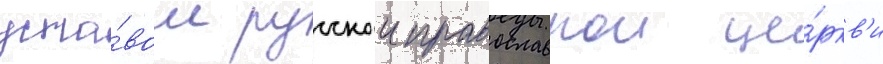
уста́вом русскои православнои це́ркв'и